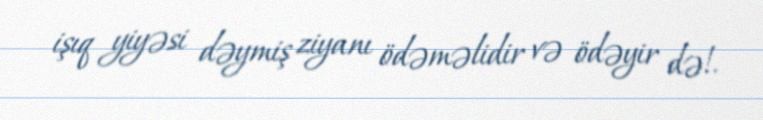
işıq yiyəsi dəymiş ziyanı ödəməlidir və ödəyir də!.